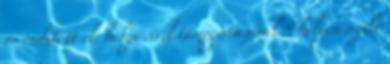
és indított el, helyi civil támogatásával 8 helyen nyílt